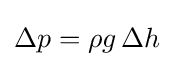
\Delta p=\rho g\,\Delta h